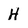
Character: H